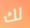
لك